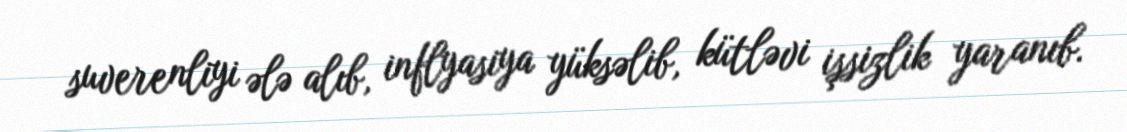
suverenliyi ələ alıb, inflyasiya yüksəlib, kütləvi işsizlik yaranıb.